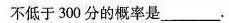
不低于300分的概率是___.